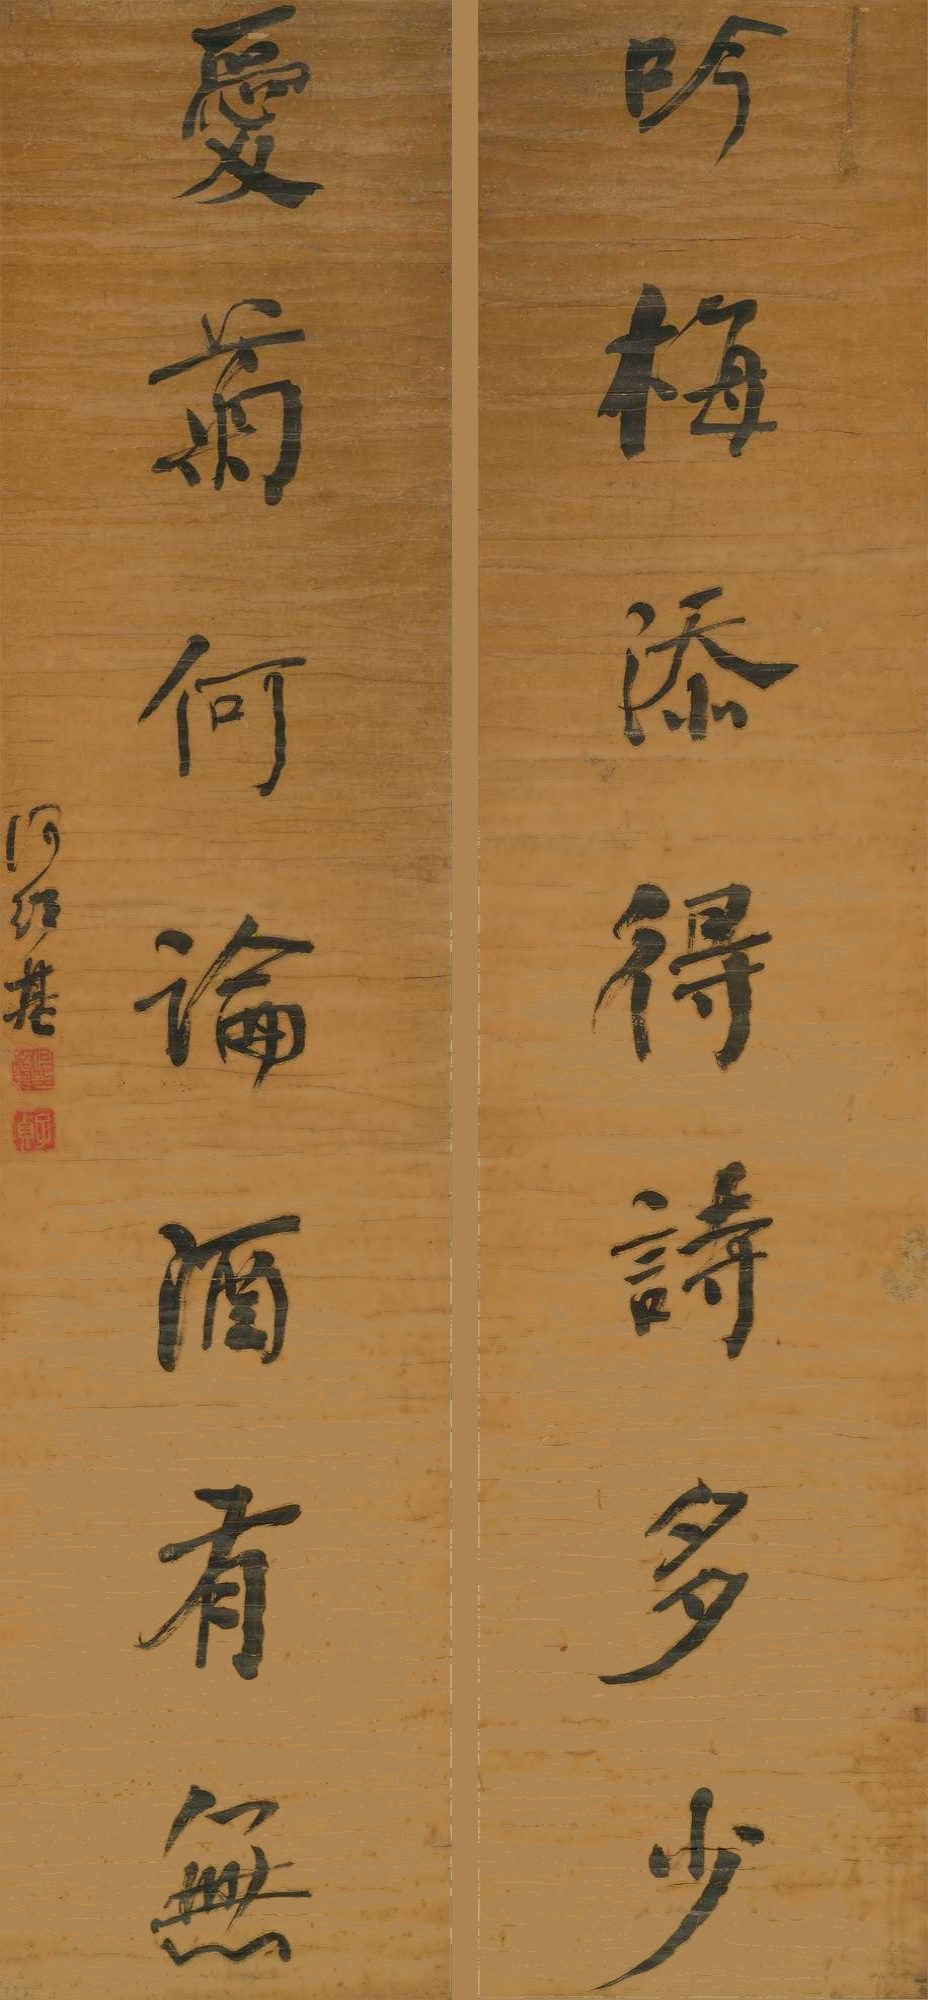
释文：吟梅添得诗多少，爱菊何论酒有无。何绍基。